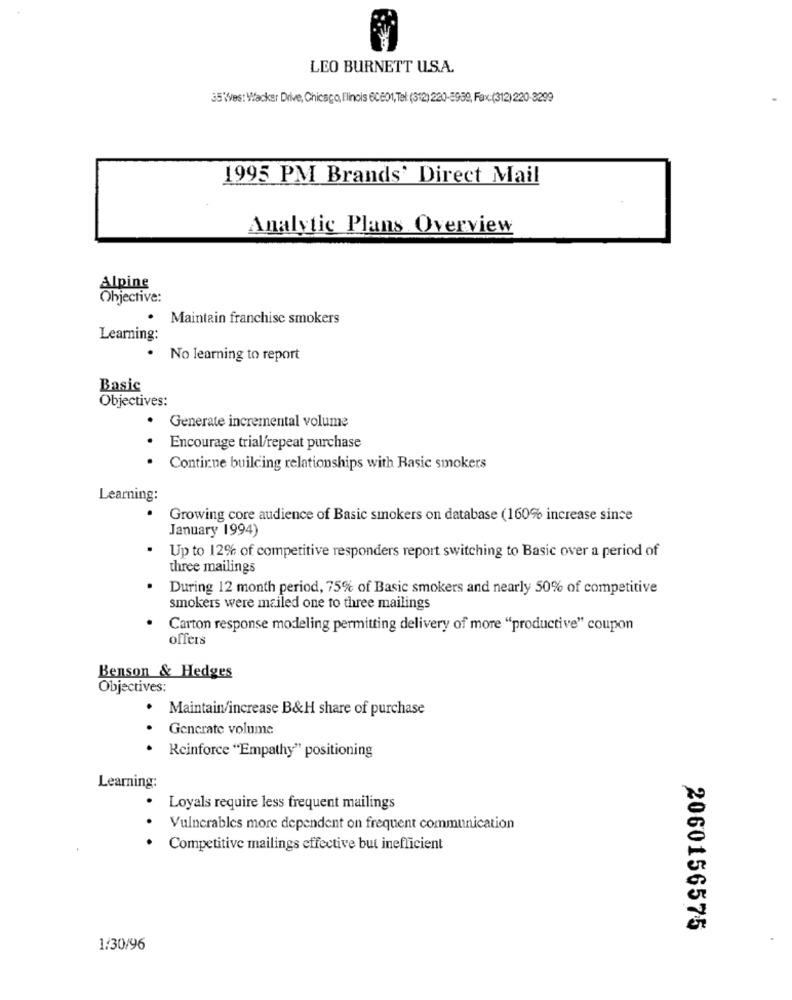
LEO BURNETT U.S.A.
35'Ves: Wacker Drive, Chicago, Illinois 60801, Tel: (3(2) 220-3939, Fax:(312) 220-3299
1995 PM Brands' Direct Mail
Analytic Plans Overview
Alpine
Objective:
Maintain franchise smokers
Learning:
.
No learning to report
Basic
Objectives:
Generate incremental volume
.
Encourage trial/repeat purchase
Continue building relationships with Rasic smokers
Learning:
Growing core audience of Basic smokers on database (160% increase since
January 1994)
Up to 12% of competitive responders report switching to Basic over a period of
three mailings
During 12 month period, 75% of Basic smokers and nearly 50% of competitive
smokers were mailed one to three mailings
Carton response modeling permitting delivery of more "productive" coupon
offers
Benson & Hedges
Objectives:
Maintain/increase B&H share of purchase
Generate volume
.
Reinforce "Empathy" positioning
Learning:
Loyals require less frequent mailings
Vulnerables more dependent on frequent communication
Competitive mailings effective but inefficient
2060156575
1/30/96